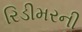
રિડીમરની